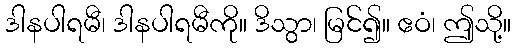
ဒါနပါရမီ၊ ဒါနပါရမီကို။ ဒိသွာ၊ မြင်၍။ ဧဝံ၊ ဤသို့။